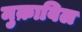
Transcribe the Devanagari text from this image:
मुक़ाबिल